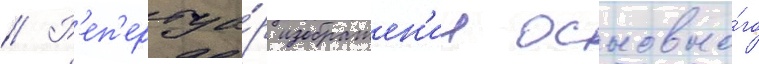
// Р'еп'ертуа́р изображен'ии основно́го